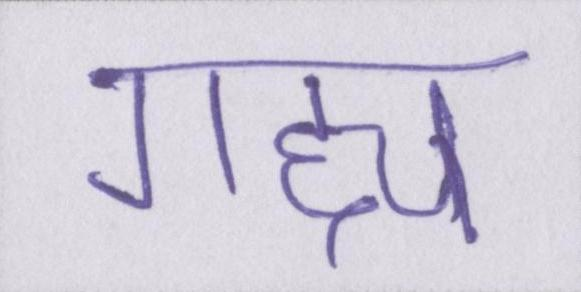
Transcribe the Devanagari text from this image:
गद्द्य